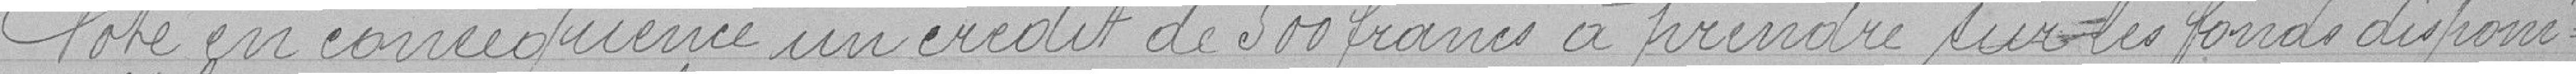
Vote en conséquence un crédit de 500 francs à prendre sur les fonds disponi-